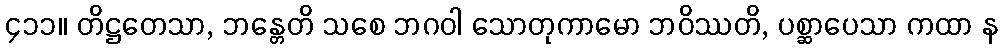
၄၁၁။ တိဋ္ဌတေသာ, ဘန္တေတိ သစေ ဘဂဝါ သောတုကာမော ဘဝိဿတိ, ပစ္ဆာပေသာ ကထာ န